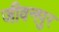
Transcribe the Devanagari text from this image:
जीवनपुर